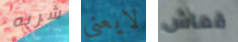
شربه لايعني قماش